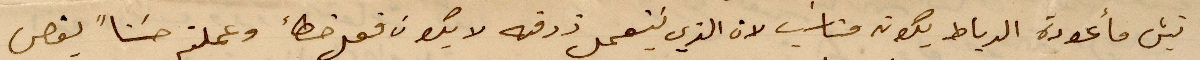
تئيس مأعودة الرباط يكون مناسب لان الذي يستعمل ذرقنه لا يكون فعل خطاء وعملتو حسنًا يقص